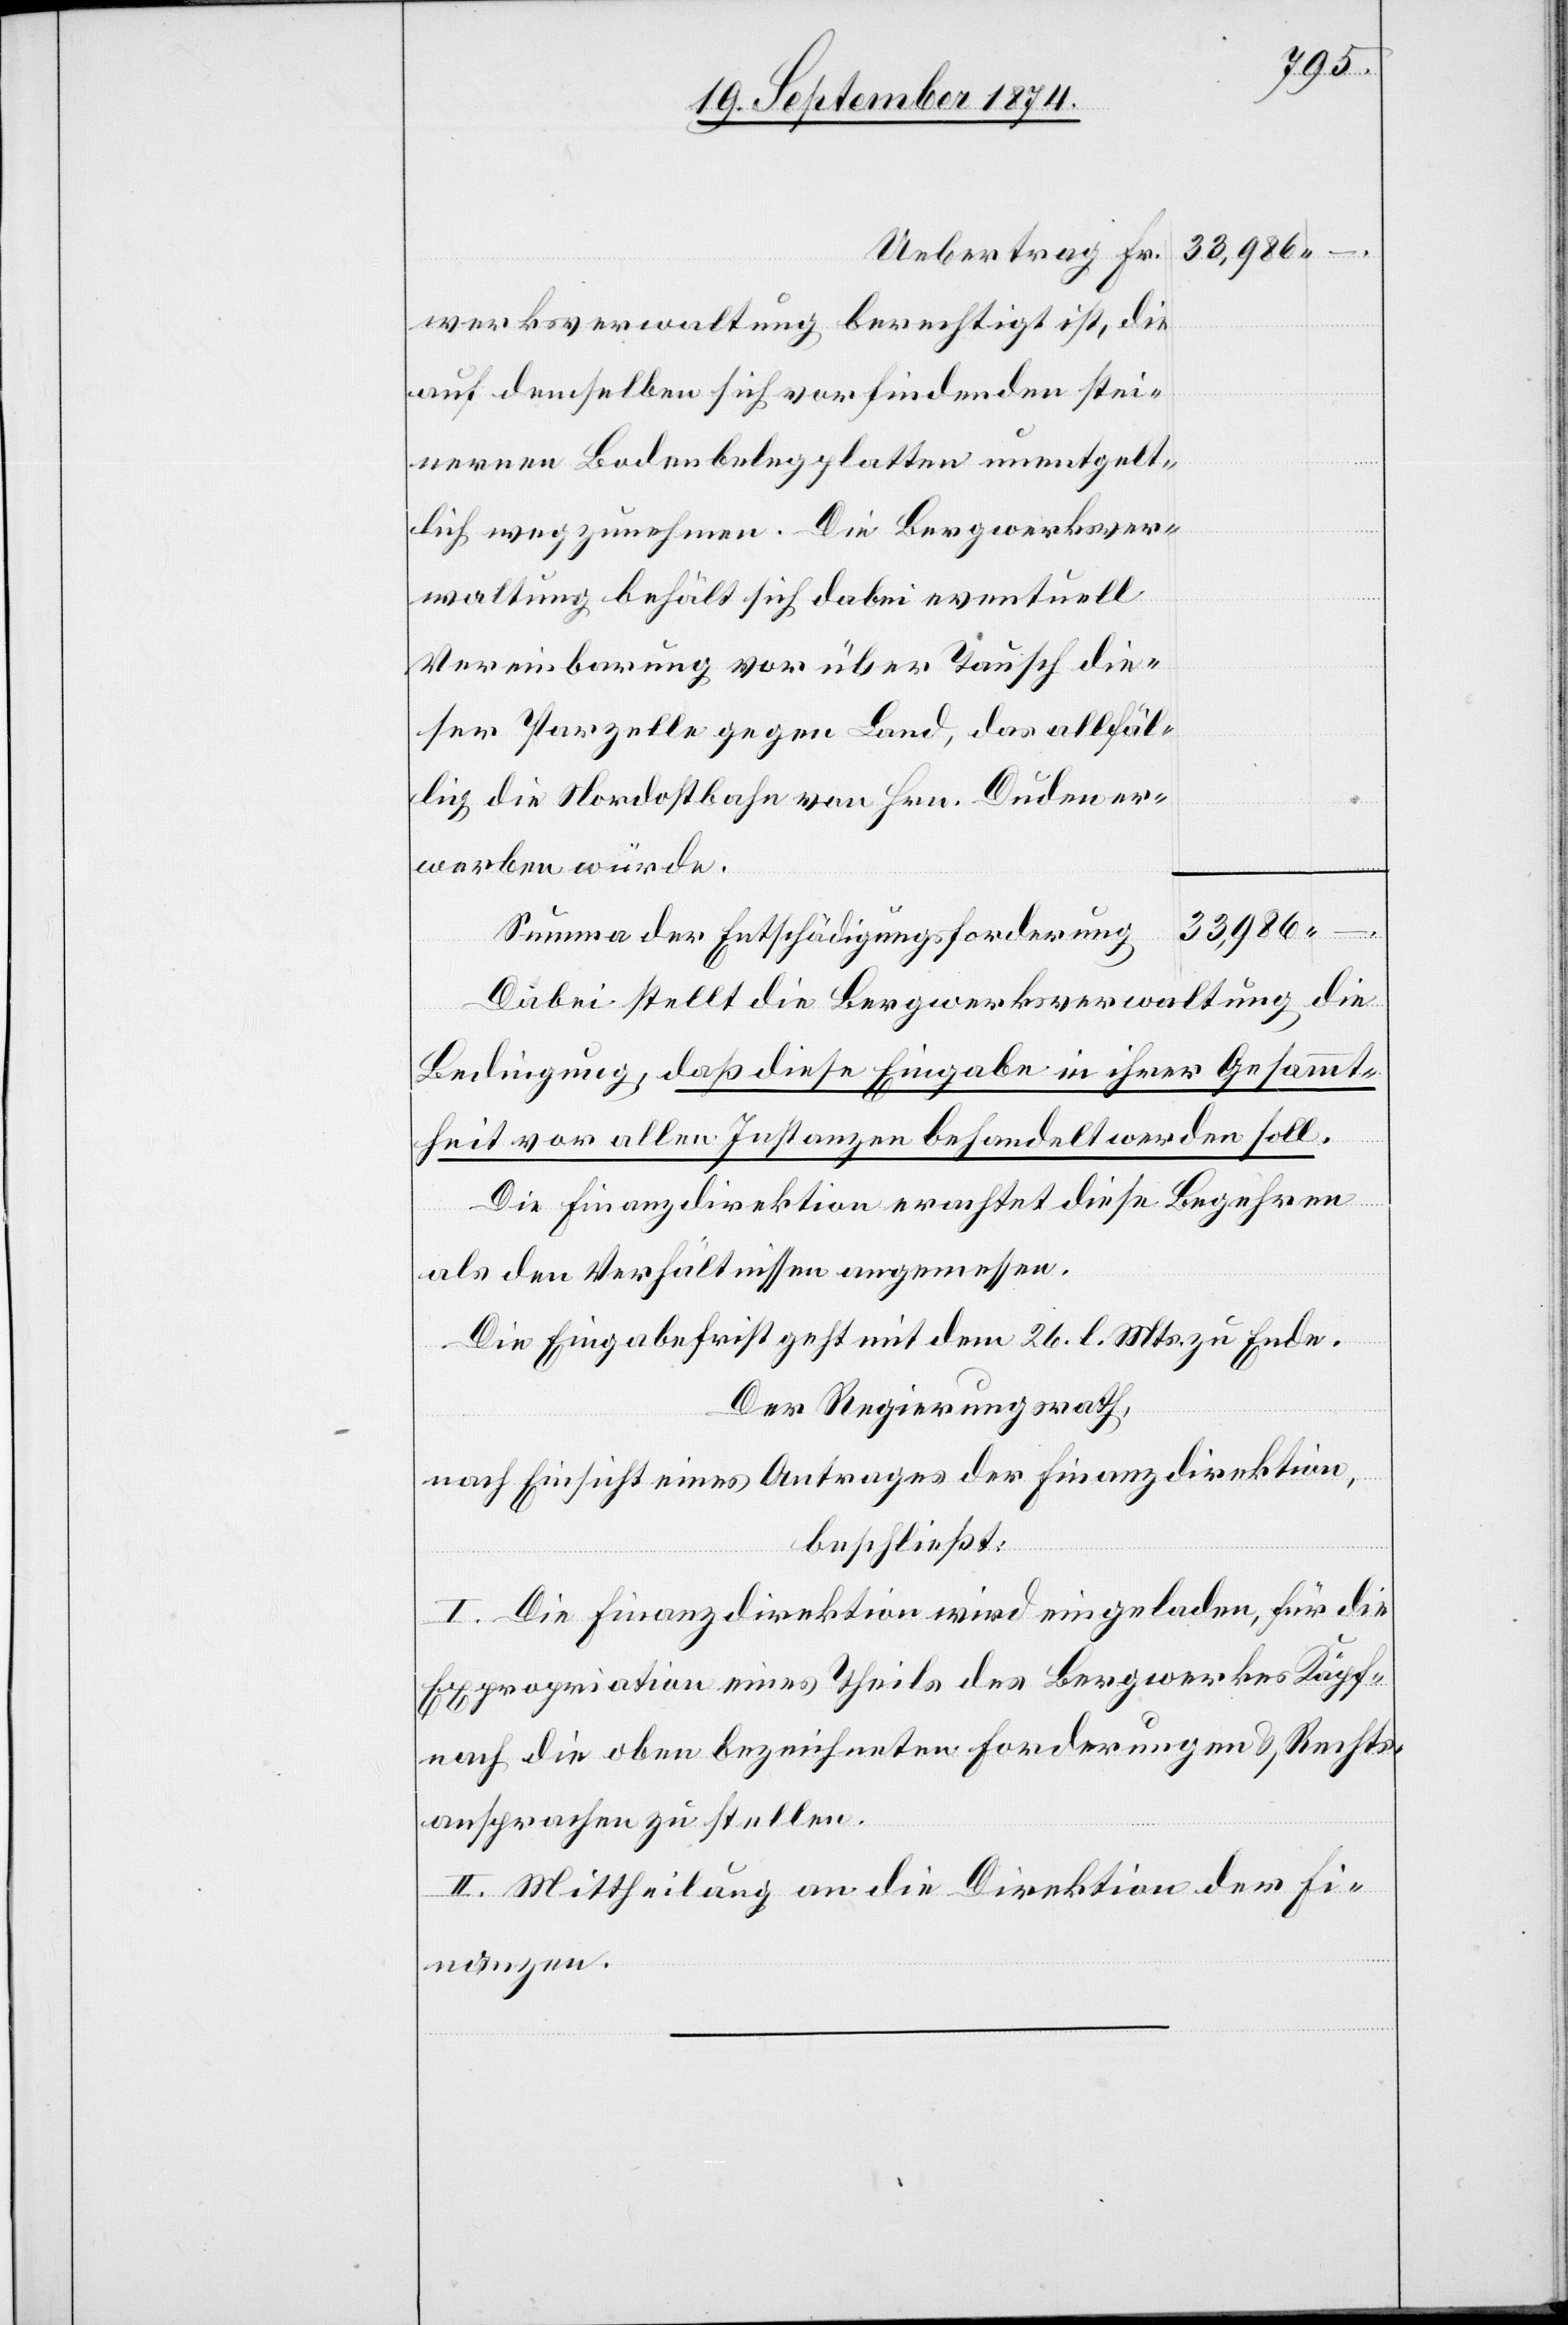
33,986
werksverwaltung berechtigt ist, die
auf demselben sich vorfindenden stei¬
nernen Bodenbelegplatten unentgelt¬
lich wegzunehmen. Die Bergwerksver¬
waltung behält sich dabei eventuell
Vereinbarung vor über Tausch die¬
ser Parzelle gegen Land, das allfäl¬
lig die Nordostbahn von Hrn. Duden er¬
werben würde.
Summe der Entschädigungsforderung
Dabei stellt die Bergwerksverwaltung die
Bedingung, daß diese Eingabe in ihrer Gesammt¬
heit vor allen Instanzen behandelt werden soll.
Die Finanzdirektion erachtet diese Begehren
als den Verhältnissen angemessen.
Die Eingabefrist geht mit dem 26. l. Mts. zu Ende.
Der Regierungsrath,
nach Einsicht eines Antrages der Finanzdirektion,
beschließt:
I. Die Finanzdirektion wird eingeladen, für die
Expropriation eines Theiles des Bergwerkes Käpf¬
nach die oben bezeichneten Forderungen & Rechts¬
ansprache zu stellen.
II. Mittheilung an die Direktion der Fi¬
nanzen.